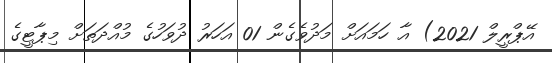
އޭޕްރީލް 2021) އާ ހަމައަށް މަދުވެގެން 01 އަހަރު ދުވަހުގެ މުއްދަތަށް މިޕާޓީގެ